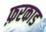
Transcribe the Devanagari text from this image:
फ़रकाड